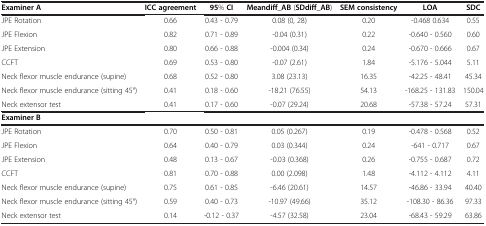
<table><thead><tr><td><b>Examiner A</b></td><td><b>ICC agreement</b></td><td><b>95% CI</b></td><td><b>Meandiff_AB (SDdiff_AB)</b></td><td><b>SEM consistency</b></td><td><b>LOA</b></td><td><b>SDC</b></td></tr></thead><tbody><tr><td>JPE Rotation</td><td>0.66</td><td>0.43 - 0.79</td><td>0.08 (0, 28)</td><td>0.20</td><td>-0.468 0.634</td><td>0.55</td></tr><tr><td>JPE Flexion</td><td>0.82</td><td>0.71 - 0.89</td><td>-0.04 (0.31)</td><td>0.22</td><td>-0.640 - 0.560</td><td>0.60</td></tr><tr><td>JPE Extension</td><td>0.80</td><td>0.66 - 0.88</td><td>-0.004 (0.34)</td><td>0.24</td><td>-0.670 - 0.666</td><td>0.67</td></tr><tr><td>CCFT</td><td>0.69</td><td>0.53 - 0.80</td><td>-0.07 (2.61)</td><td>1.84</td><td>-5.176 - 5.044</td><td>5.11</td></tr><tr><td>Neck flexor muscle endurance (supine)</td><td>0.68</td><td>0.52 - 0.80</td><td>3.08 (23.13)</td><td>16.35</td><td>-42.25 - 48.41</td><td>45.34</td></tr><tr><td>Neck flexor muscle endurance (sitting 45°)</td><td>0.41</td><td>0.18 - 0.60</td><td>-18.21 (76.55)</td><td>54.13</td><td>-168.25 - 131.83</td><td>150.04</td></tr><tr><td>Neck extensor test</td><td>0.41</td><td>0.17 - 0.60</td><td>-0.07 (29.24)</td><td>20.68</td><td>-57.38 - 57.24</td><td>57.31</td></tr><tr><td><b>Examiner B</b></td><td> </td><td> </td><td> </td><td> </td><td> </td><td> </td></tr><tr><td>JPE Rotation</td><td>0.70</td><td>0.50 - 0.81</td><td>0.05 (0.267)</td><td>0.19</td><td>-0.478 - 0.568</td><td>0.52</td></tr><tr><td>JPE Flexion</td><td>0.64</td><td>0.40 - 0.79</td><td>0.03 (0.344)</td><td>0.24</td><td>-641 - 0.717</td><td>0.67</td></tr><tr><td>JPE Extension</td><td>0.48</td><td>0.13 - 0.67</td><td>-0.03 (0.368)</td><td>0.26</td><td>-0.755 - 0.687</td><td>0.72</td></tr><tr><td>CCFT</td><td>0.81</td><td>0.70 - 0.88</td><td>0.00 (2.098)</td><td>1.48</td><td>-4.112 - 4.112</td><td>4.11</td></tr><tr><td>Neck flexor muscle endurance (supine)</td><td>0.75</td><td>0.61 - 0.85</td><td>-6.46 (20.61)</td><td>14.57</td><td>-46.86 - 33.94</td><td>40.40</td></tr><tr><td>Neck flexor muscle endurance (sitting 45°)</td><td>0.59</td><td>0.40 - 0.73</td><td>-10.97 (49.66)</td><td>35.12</td><td>-108.30 - 86.36</td><td>97.33</td></tr><tr><td>Neck extensor test</td><td>0.14</td><td>-0.12 - 0.37</td><td>-4.57 (32.58)</td><td>23.04</td><td>-68.43 - 59.29</td><td>63.86</td></tr></tbody></table>